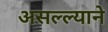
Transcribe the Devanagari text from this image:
असल्ल्याने